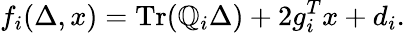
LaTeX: f_{i}(\Delta,x)=\operatorname{Tr}(\mathbb{Q}_{i}\Delta)+2g_{i}^{T}x+d_{i}.